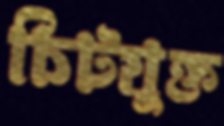
চিটযুক্ত